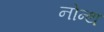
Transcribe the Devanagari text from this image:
नोन्थ